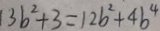
3 b ^ { 2 } + 3 = 1 2 b ^ { 2 } + 4 b ^ { 4 }